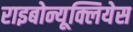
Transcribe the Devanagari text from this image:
राइबोन्यूक्लियेस